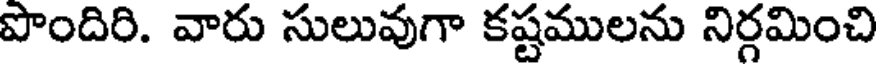
పొందిరి. వారు సులువుగా కష్టములను నిర్గమించి